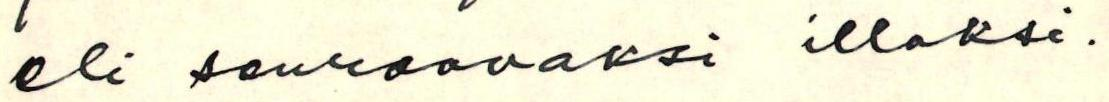
eli seuraavaksi illaksi.